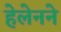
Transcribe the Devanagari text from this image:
हेलेनने